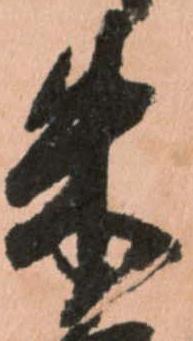
朱